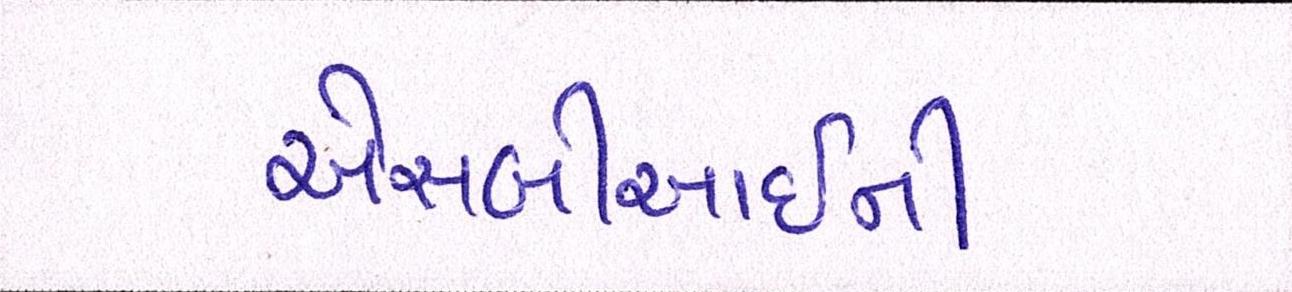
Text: એસબીઆઇની